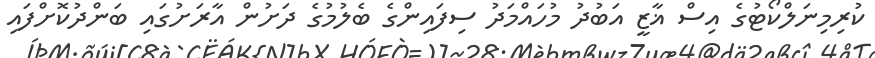
ކުރިމިނަލްކޯޓުގެ އިސް ޣާޒީ އަބުދު މުހައްމަދު ސިފައިންގެ ބެލުމުގެ ދަށުން އާރަށުގައި ބަންދުކޮށްފައި